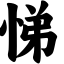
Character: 悌